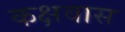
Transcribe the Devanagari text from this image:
कक्षवास